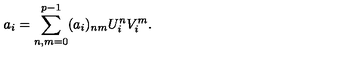
a _ { i } = \sum _ { n , m = 0 } ^ { p - 1 } ( a _ { i } ) _ { n m } U _ { i } ^ { n } V _ { i } ^ { m } .